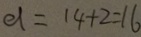
a = 1 4 + 2 = 1 6